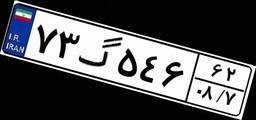
۷۳گ۵۴۶۶۲